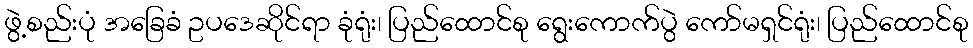
ဖွဲ့စည်းပုံ အခြေခံ ဥပဒေဆိုင်ရာ ခုံရုံး၊ ပြည်ထောင်စု ရွေးကောက်ပွဲ ကော်မရှင်ရုံး၊ ပြည်ထောင်စု